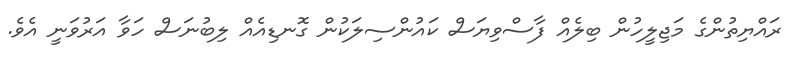
ރައްޔިތުންގެ މަޖިލީހުން ބިލެއް ފާސްވިޔަސް ކައުންސިލަކުން ގޮނޑިއެއް ލިބުނަސް ހަވާ އަރުވަނީ އެވެ.